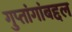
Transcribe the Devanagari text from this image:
गुप्तांगांबद्दल